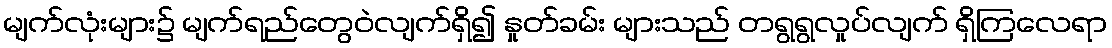
မျက်လုံးများ၌ မျက်ရည်တွေဝဲလျက်ရှိ၍ နှုတ်ခမ်း များသည် တရွရွလှုပ်လျက် ရှိကြလေရာ